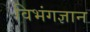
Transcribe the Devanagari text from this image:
विभंगज्ञान